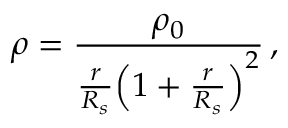
\rho = \frac { \rho _ { 0 } } { \frac { r } { R _ { s } } \Big ( 1 + \frac { r } { R _ { s } } \Big ) ^ { 2 } } \, ,